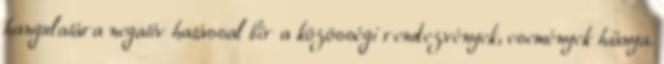
hangulatára negatív hatással bír a közösségi rendezvények, események hiánya.